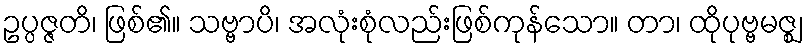
ဥပ္ပဇ္ဇတိ၊ ဖြစ်၏။ သဗ္ဗာပိ၊ အလုံးစုံလည်းဖြစ်ကုန်သော။ တာ၊ ထိုပုဗ္ဗမဇ္ဈ